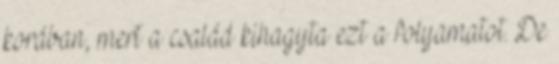
korában, mert a család kihagyta ezt a folyamatot. De